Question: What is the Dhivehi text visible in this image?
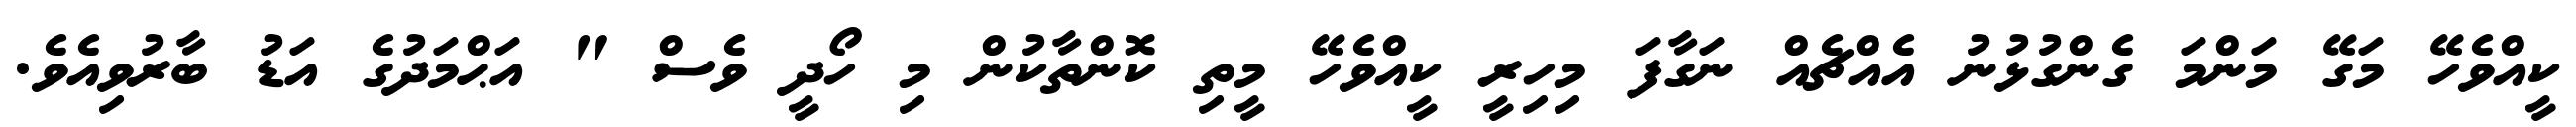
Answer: ކީއްވެހޭ މަގޭ މަންމަ ގެންގުޅުނު އެއްޗެއް ނަގާފަ މިހިރީ ކީއްވެހޭ މީތި ކޮންތާކުން މި ހޯދީ ވެސް " އަޙްމަދުގެ އަޑު ބާރުވިއެވެ.